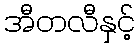
အီတလီနှင့်